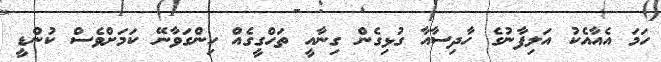
ހަމަ އެއާއެކު އަލިފާނުގެ ހާދިސާއާ ގުޅިގެން ގިނާއީ ތަހްގީގެއް ހިންގަވާނޭ ކަމަށްވެސް ކުންޑީ